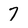
Character: 7